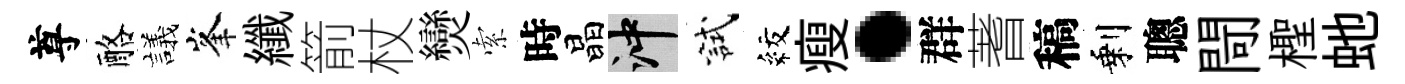
尊酪議峯纖箭杖𤓖索時晶冲試紋瘦·群蓍稿剩聰閜檉虵